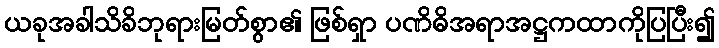
ယခုအခါသိခိဘုရားမြတ်စွာ၏ ဖြစ်ရှာ ပဏိဓိအရာအဋ္ဌကထာကိုပြပြီး၍